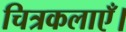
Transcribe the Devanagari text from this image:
चित्रकलाएँ।